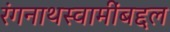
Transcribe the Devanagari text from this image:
रंगनाथस्वामींबद्दल